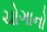
ચોગાનો